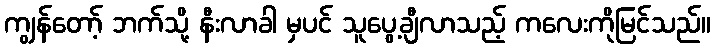
ကျွန်တော့် ဘက်သို့ နီးလာခါ မှပင် သူပွေ့ချီလာသည့် ကလေးကိုမြင်သည်။